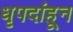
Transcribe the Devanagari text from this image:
धृपदांहून